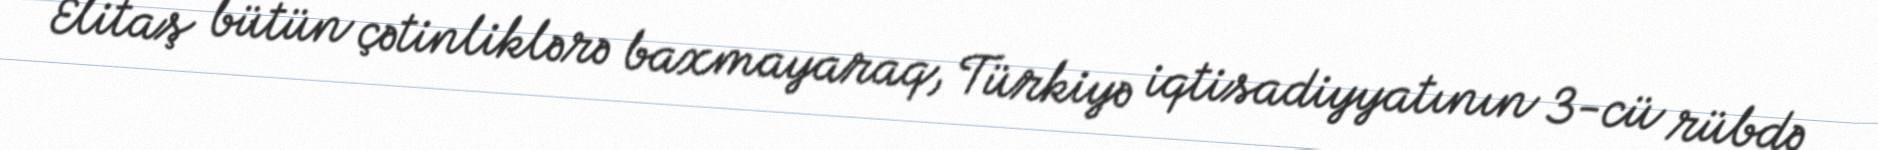
Elitaş bütün çətinliklərə baxmayaraq, Türkiyə iqtisadiyyatının 3-cü rübdə